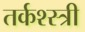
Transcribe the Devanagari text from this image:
तर्कश्स्त्री